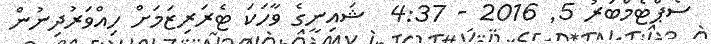
ސެޕްޓެމްބަރު 5